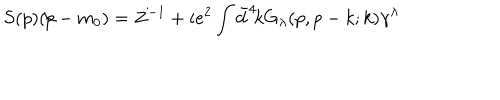
LaTeX: S ( p ) ( \! \not \! p - m _ { 0 } ) = Z ^ { - 1 } + i e ^ { 2 } \int \bar { d } ^ { 4 } \! k G _ { \lambda } ( p , p - k ; k ) \gamma ^ { \lambda }